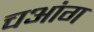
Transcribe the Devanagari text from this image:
चआंग